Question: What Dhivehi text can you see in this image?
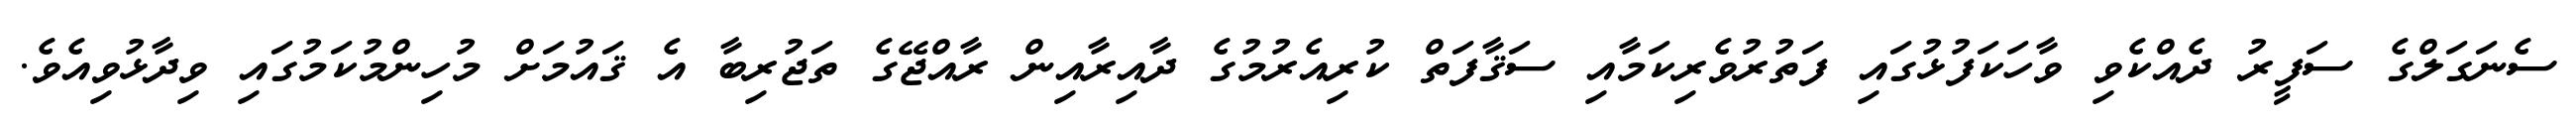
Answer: ސެނަގަލްގެ ސަފީރު ދެއްކެވި ވާހަކަފުޅުގައި ފަތުރުވެރިކަމާއި ސަޤާފަތް ކުރިއެރުމުގެ ދާއިރާއިން ރާއްޖޭގެ ތަޖުރިބާ އެ ޤައުމަށް މުހިންމުކަމުގައި ވިދާޅުވިއެވެ.